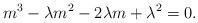
LaTeX: \begin{align*}m^3-\lambda m^2-2\lambda m+\lambda^2=0.\end{align*}